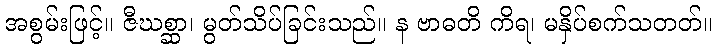
အစွမ်းဖြင့်။ ဇီဃစ္ဆာ၊ မွတ်သိပ်ခြင်းသည်။ န ဗာဓတိ ကိရ၊ မနှိပ်စက်သတတ်။